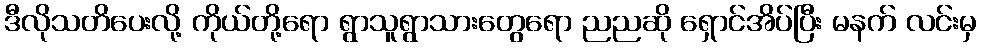
ဒီလိုသတိပေးလို့ ကိုယ်တို့ရော ရွာသူရွာသားတွေရော ညညဆို ရှောင်အိပ်ပြီး မနက် လင်းမှ